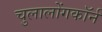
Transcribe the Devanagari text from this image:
चुलालोंगकॉर्न